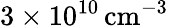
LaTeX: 3\times 10^{10}\, \mathrm{cm^{-3}}